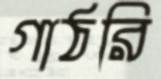
গাঠরি